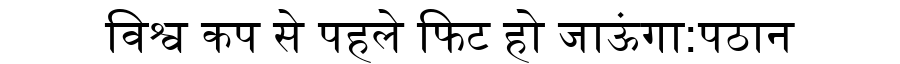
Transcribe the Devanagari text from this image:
विश्व कप से पहले फिट हो जाऊंगा:पठान